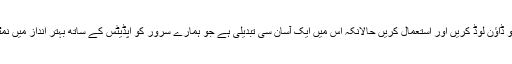
براہ کرم اس ورژن کو ڈاؤن لوڈ کریں اور استعمال کریں حالانکہ اس میں ایک آسان سی تبدیلی ہے جو ہمارے سرور کو اپڈیٹس کے ساتھ بہتر انداز میں نمٹنے میں مدد دے گی۔